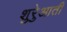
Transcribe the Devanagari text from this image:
शुरेुआती